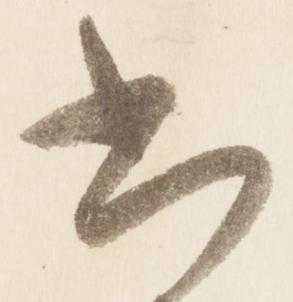
尚